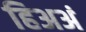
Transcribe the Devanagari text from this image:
हिअअं